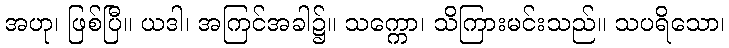
အဟု၊ ဖြစ်ပြီ။ ယဒါ၊ အကြင်အခါ၌။ သက္ကော၊ သိကြားမင်းသည်။ သပရိသော၊